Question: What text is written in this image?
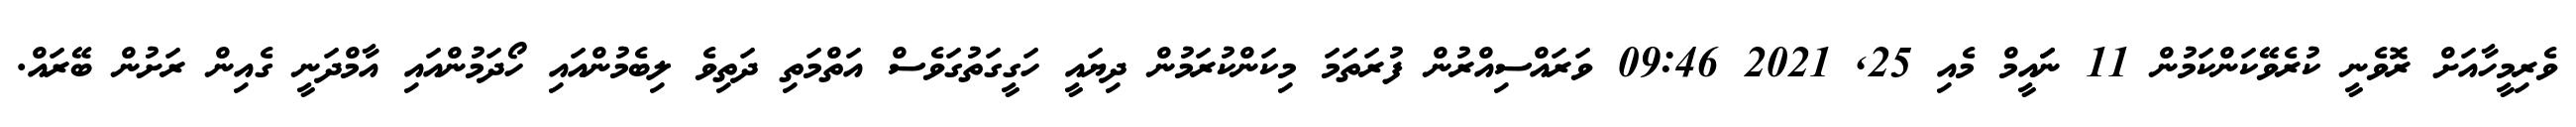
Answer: ވެރިމީހާއަށް ރޮވެނީ ކުރެވޭކަންކަމުން 11 ނަައީމް މެއި 25, 2021 09:46 ވަރައްސިއްރުން ފުރަތަމަ މިކަންކުރަމުން ދިޔައީ ހަގީގަތުގަވެސް އަތްމަތި ދަތިވެ ލިބެމުންއައި ހޯދަމުންއައި އާމްދަނީ ގެއިން ރަށުން ބޭރައް.